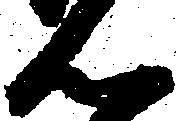
ん